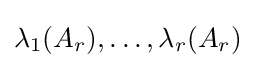
\lambda _{1}(A_{r}),\ldots ,\lambda _{r}(A_{r})